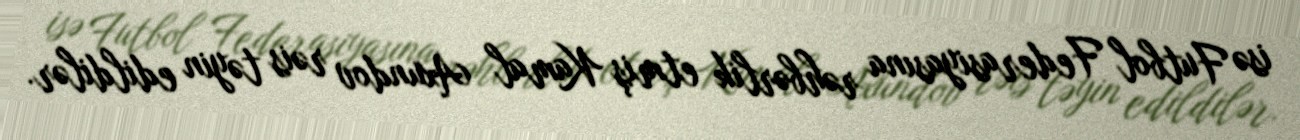
isə Futbol Federasiyasına rəhbərlik etmiş Kamal Axundov rəis təyin edildilər.